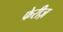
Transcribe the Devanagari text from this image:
फेरीज़